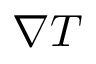
\nabla T